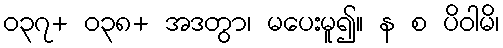
၀၃၇+ ၀၃၈+ အဒတွာ၊ မပေးမူ၍။ န စ ပိဝါမိ၊